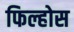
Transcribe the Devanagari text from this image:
फिल्होस